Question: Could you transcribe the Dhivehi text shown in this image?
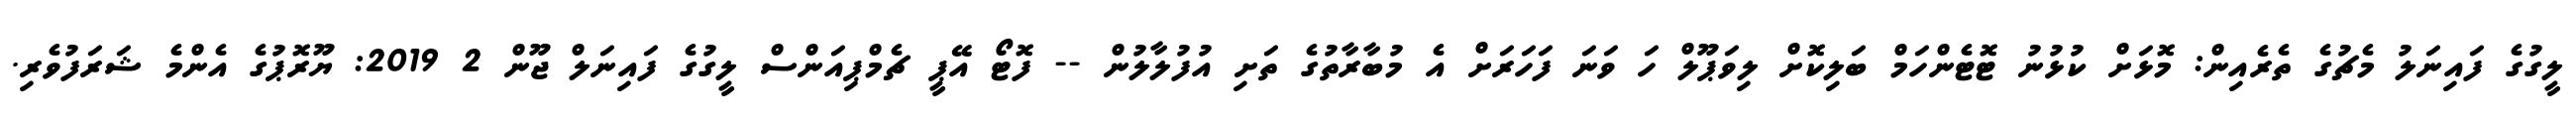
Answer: ލީގުގެ ފައިނަލު މެޗުގެ ތެރެއިން: މޮޅަށް ކުޅުނު ޓޮޓެންހަމް ބަލިކޮށް ލިވަޕޫލް ހަ ވަނަ ފަހަރަށް އެ މުބާރާތުގެ ތަށި އުފުލާލުން -- ފޮޓޯ އޭޕީ ޗެމްޕިއަންސް ލީގުގެ ފައިނަލް ޖޫން 2 2019: ޔޫރޮޕުގެ އެންމެ ޝަރަފުވެރި.